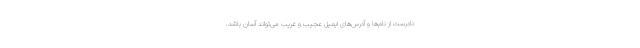
نادرست از نام‌ها و آدرس‌های ایمیل عجیب و غریب می‌تواند آسان باشد.